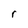
Character: r